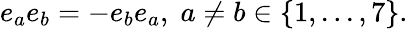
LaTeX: e_{a}e_{b}=-e_{b}e_{a},\; a\ne b\in\{ 1,...,7\} .